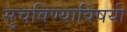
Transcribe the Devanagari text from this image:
सुचविण्याविषयी